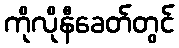
ကိုလိုနီခေတ်တွင်